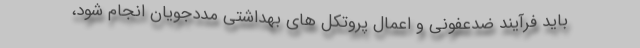
باید فرآیند ضدعفونی و اعمال پروتکل های بهداشتی مددجویان انجام شود،